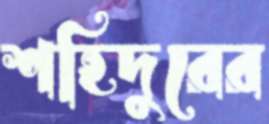
শহিদুরের